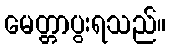
မေတ္တာပွးရသည်။